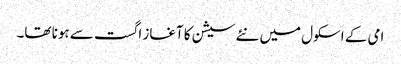
امی کے اسکول میں نئے سیشن کا آغاز اگست سے ہونا تھا۔